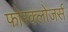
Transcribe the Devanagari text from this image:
फोरक्लोजर्स